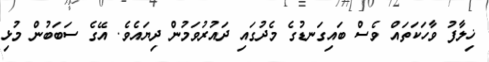
ޚިލާފު ވާހަކަތައް ވެސް ބައިގަނޑުގެ މެދުގައި ދައުރުވަމުން ދިޔައެވެ. އޭގެ ސަބަބުން މުޅި